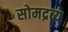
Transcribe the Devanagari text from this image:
सोमद्रव्य